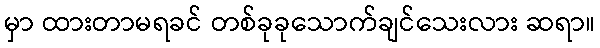
မှာ ထားတာမရခင် တစ်ခုခုသောက်ချင်သေးလား ဆရာ။